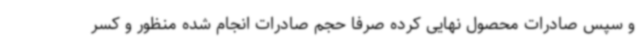
و سپس صادرات محصول نهایی کرده صرفا حجم صادرات انجام شده منظور و کسر